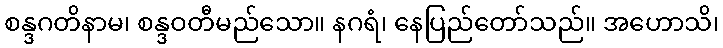
စန္ဒဂတိနာမ၊ စန္ဒဝတီမည်သော။ နဂရံ၊ နေပြည်တော်သည်။ အဟောသိ၊